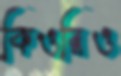
কিওরিও